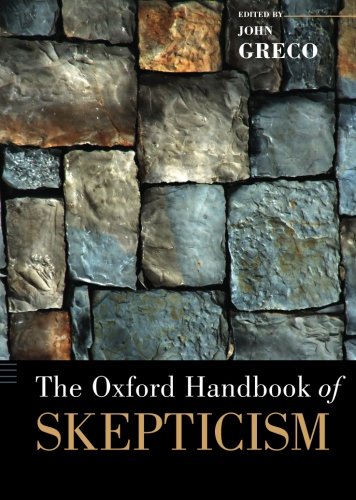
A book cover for The Oxford Handbook of Skepticism (Oxford Handbooks); Politics & Social Sciences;